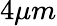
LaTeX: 4\mu m